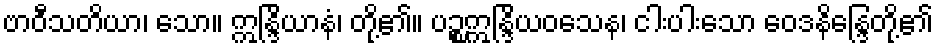
ဗာဝီသတိယာ၊ သော။ ဣန္ဒြိယာနံ၊ တို့၏။ ပဉ္စဣန္ဒြိယဝသေန၊ ငါးပါးသော ဝေဒနိန္ဒြေတို့၏